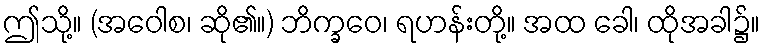
ဤသို့။ (အဝေါစ၊ ဆို၏။) ဘိက္ခဝေ၊ ရဟန်းတို့။ အထ ခေါ၊ ထိုအခါ၌။